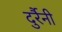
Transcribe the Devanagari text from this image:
दुर्रैनी